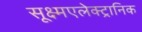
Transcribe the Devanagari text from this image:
सूक्ष्मएलेक्ट्रानिक